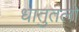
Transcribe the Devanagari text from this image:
धातुतलों